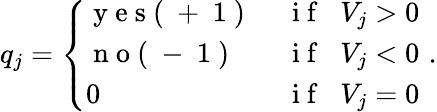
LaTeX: q_{j}=\left\{ \begin{array}{ll}{\mathrm{~y~e~s~(~+~1~)~}\, }&{\mathrm{~i~f~}\; \; V_{j}>0}\\ {\mathrm{~n~o~(~-~1~)~}\, }&{\mathrm{~i~f~}\; \; V_{j}<0}\\ {0\, }&{\mathrm{~i~f~}\; \; V_{j}=0\, }\end{array}\right.\, .